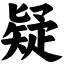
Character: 疑